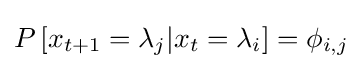
P\left[x_{t+1}=\lambda _{j}|x_{t}=\lambda _{i}\right]=\phi _{i,j}